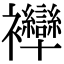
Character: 𧟗